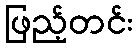
ဖြည့်တင်း